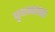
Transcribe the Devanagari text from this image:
वृषणावर